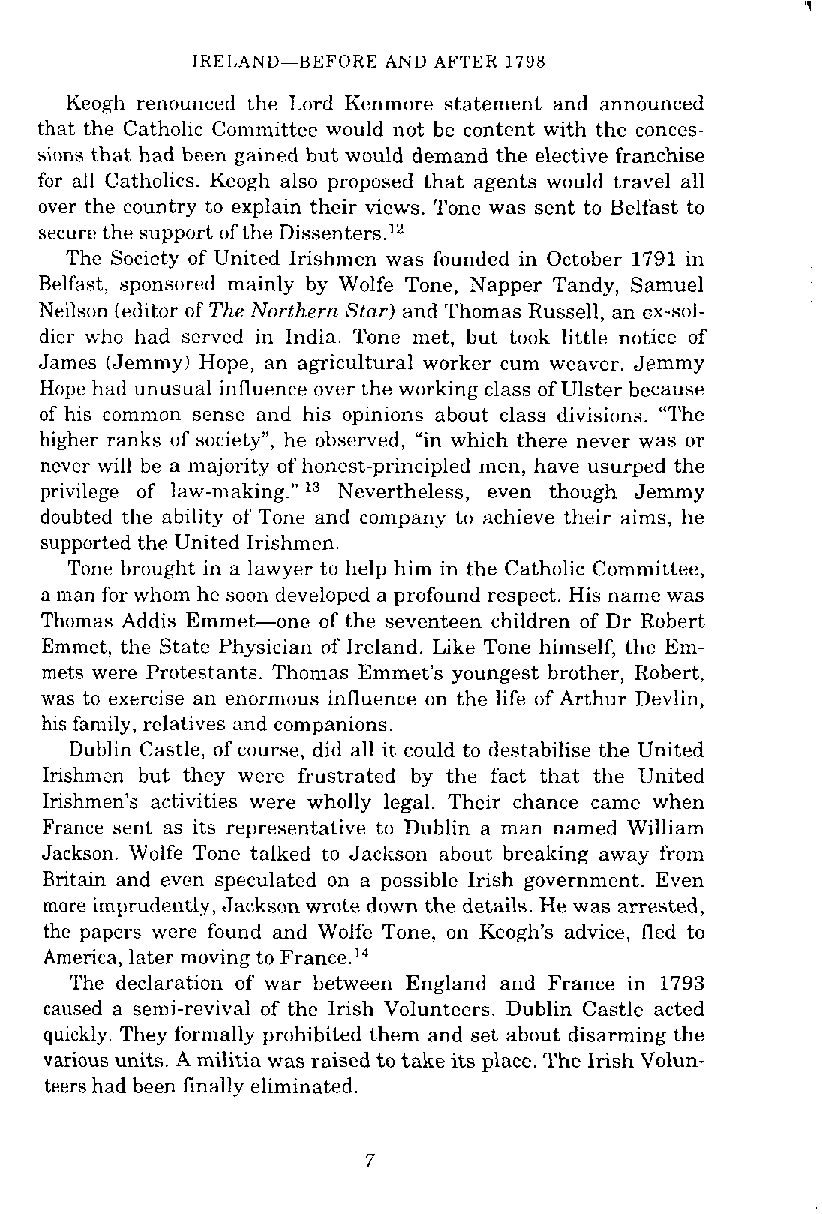
IKE1,AND-BEFORE AND AFTER 1798
 Keogh renounced the Lord Kenmore statement and announced
 that the Catholic Committee would not be content with the conces-
 sions that had been gained but would demand the elective franchise
 for all Catholics. Keogh also proposed that agents would travel all
 over the country to explain their views. Tone was sent to Belfast to
 secure the support of the Dissenters.12
 The Society of United Irishmen was founded in October 1791 in
 Belfast, sponsored mainly by Wolfe Tone, Napper Tandy, Samuel
 Neilson (editor of The Northern Star) and Thomas Russell, an ox-sol-
 dier who had served in India. Tonc met, but took little notice of
 Jamcs (Jemmy) Hope, an agricultural worker cum weaver. Jemmy
 Hope had unusual influence over the working class of Ulster because
 of his common sense and his opinions about class divisions. "The
 higher ranks of society", he observed, "in which there never was or
 never will be a majority of honest-principled men, have usurped the
 privilege of law-making." '"evertheless, even though Jemmy
 doubted the ability of Tone and company to achieve their aims, he
 supported the United Irishmen.
 Tone brought in a lawyer to help him in the Catholic Committee,
 a man for whom he soon developed a profound respect. His name was
 Thomas Addis Emmet-one of the seventeen children of Dr Robert
 Emmet, the State Physician of Ireland. Like Tone himself, the Em-
 mets were Protestants. Thomas Emmet's youngest brother, Robert,
 was to exercise an enormous influence on the life of Arthur Devlin,
 his family, relatives and companions.
 Dublin Castle, of course, did all it could to destabilise the United
 Irishmm but they were frustrated by the fact that the United
 Irishmen's activities were wholly legal. Their chance came when
 France sent as its representative to Dublin a man named William
 Jackson. Wolfe Tone talked to Jackson ahout breaking away from
 Britain and evcn speculated on a possible Irish government. Even
 more imprudently, Jackson wrote down the details. He was arrested,
 the papers were found and Wolfe Tone, on Keogh's advice, fled to
 America, later moving to France."
 The declaration of war between England and France in 1793
 caused a semi-revival of the Irish Volunteers. Dublin Castle acted
 quickly. They formally prohibited them and set about disarming the
 various units. A militia was raised to take its place. The Irish Volun-
 teers had been finally eliminated.